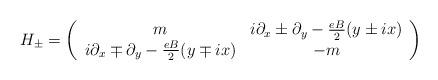
LaTeX: \begin{align*}H_{\pm} = \left(\begin{array}{cc} m & i\partial_{x}\pm\partial_{y}-\frac{eB}{2}(y\pm ix)\\ i\partial_{x}\mp\partial_{y}-\frac{eB}{2}(y\mp ix)& -m\end{array}\right)\end{align*}